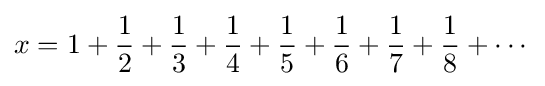
x=1+{\frac {1}{2}}+{\frac {1}{3}}+{\frac {1}{4}}+{\frac {1}{5}}+{\frac {1}{6}}+{\frac {1}{7}}+{\frac {1}{8}}+\cdots